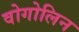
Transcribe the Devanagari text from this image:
वोगोलिन